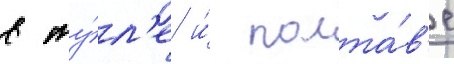
в ту́л'е и́ полта́в'е